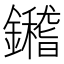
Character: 𨯀